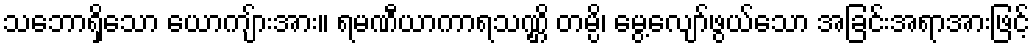
သဘောရှိသော ယောကျ်ားအား။ ရမဏီယာကာရသဏ္ဌိ တမ္ပိ၊ မွေ့လျော်ဖွယ်သော အခြင်းအရာအားဖြင့်